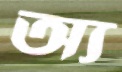
অ্য